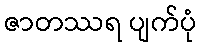
ဇာတဿရ ပျက်ပုံ